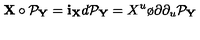
{ \bf X } \circ { \cal P } _ { \bf Y } = { \bf i } _ { \bf X } d { \cal P } _ { \bf Y } = X ^ { u } { \o { \partial } { \partial _ { u } } } { \cal P } _ { \bf Y } \,